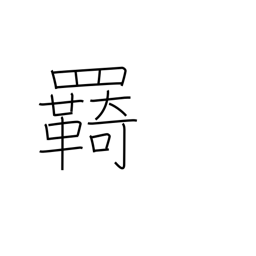
Meaning: reins